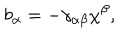
LaTeX: b _ { \alpha } = - \gamma _ { \alpha \beta } \chi ^ { \beta } ,